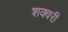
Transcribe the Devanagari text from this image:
शक्वरी